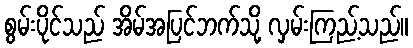
စွမ်းပိုင်သည် အိမ်အပြင်ဘက်သို့ လှမ်းကြည့်သည်။